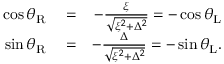
\begin{array} { r l r } { \cos \theta _ { \mathrm { R } } } & { { } = } & { - \frac { \xi } { \sqrt { \xi ^ { 2 } + \Delta ^ { 2 } } } = - \cos \theta _ { \mathrm { L } } } \\ { \sin \theta _ { \mathrm { R } } } & { { } = } & { - \frac { \Delta } { \sqrt { \xi ^ { 2 } + \Delta ^ { 2 } } } = - \sin \theta _ { \mathrm { L } } . } \end{array}